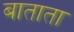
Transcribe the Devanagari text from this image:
बाताता